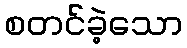
စတင်ခဲ့သော